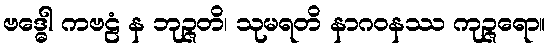
ဗဒ္ဓေါ ကဗဠံ န ဘုဉ္ဇတိ၊ သုမရတိ နာဂဝနဿ ကုဉ္ဇရော။